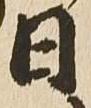
日